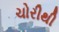
ચોરીથી